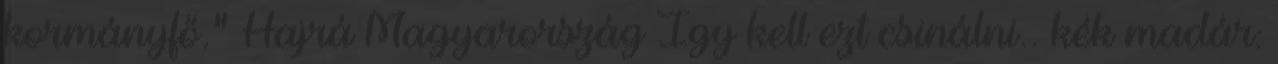
kormányfő." Hajrá Magyarország Így kell ezt csinálni.. kék madár: